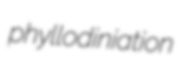
phyllodiniation